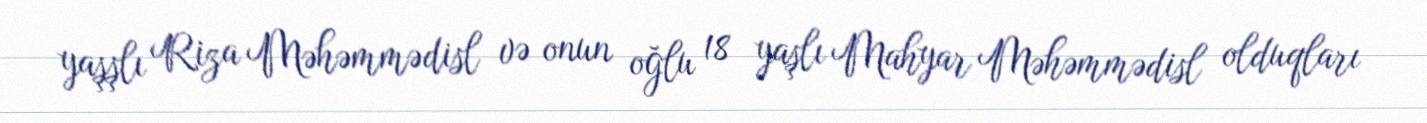
yaşşlı Riza Məhəmmədisl və onun oğlu 18 yaşlı Mahyar Məhəmmədisl olduqları